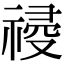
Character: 𥛀